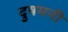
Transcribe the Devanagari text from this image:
दुषमनी